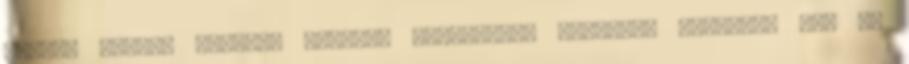
mintha rózsát adnának kezeibe Igazsággal ítélőnek győzelme ez, ki